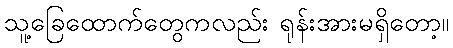
သူ့ခြေထောက်တွေကလည်း ရုန်းအားမရှိတော့။